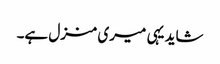
شاید یہی میری منزل ہے۔